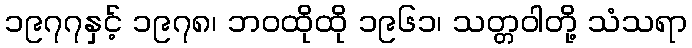
၁၉၇၇နှင့် ၁၉၇၈၊ ဘဝထိုထို ၁၉၆၁၊ သတ္တဝါတို့ သံသရာ